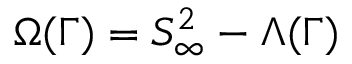
\Omega ( \Gamma ) = S _ { \infty } ^ { 2 } - \Lambda ( \Gamma )